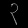
Digit: ၃